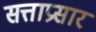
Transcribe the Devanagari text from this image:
सत्ताप्रसार